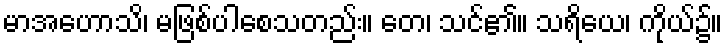
မာအဟောသိ၊ မဖြစ်ပါစေသတည်း။ တေ၊ သင်၏။ သရိယေ၊ ကိုယ်၌။